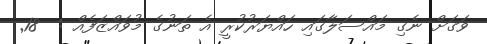
ވަގަށް ނެގި މައްސަލާގައި ހައްޔަރުކުރީ އެ ތަނުގެ މުވައްޒަފެއް :  18